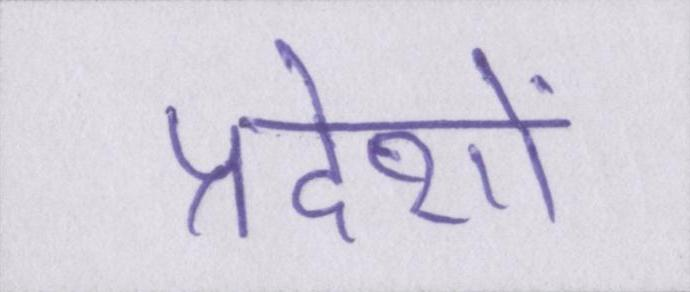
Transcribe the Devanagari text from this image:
प्रदेशों